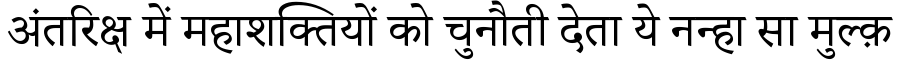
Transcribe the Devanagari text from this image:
अंतरिक्ष में महाशक्तियों को चुनौती देता ये नन्हा सा मुल्क़